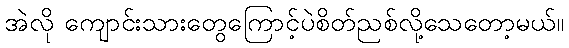
အဲလို ကျောင်းသားတွေကြောင့်ပဲစိတ်ညစ်လို့သေတော့မယ်။